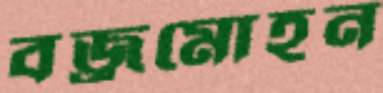
বজ্রমোহন